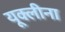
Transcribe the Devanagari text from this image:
यूक्लीना